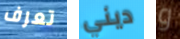
تعرف ديني و